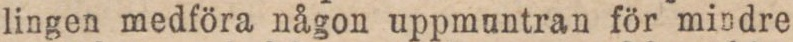
lingen medföra någon uppmuntran för mindre